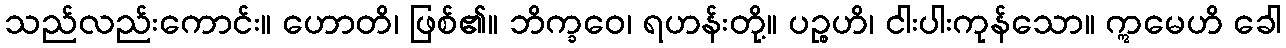
သည်လည်းကောင်း။ ဟောတိ၊ ဖြစ်၏။ ဘိက္ခဝေ၊ ရဟန်းတို့။ ပဉ္စဟိ၊ ငါးပါးကုန်သော။ ဣမေဟိ ခေါ